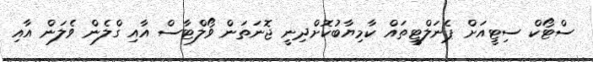
ސްޓޯކް ސިޓީއަށް ޕެނަލްޓީތައް ކާމިޔާބުކޮށްދިނީ ޖޮނަތަން ވޯލްޓާސް އާއި ގްލެން ވެލަން އާއި